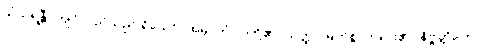
သံသရန္တီ၊ ကျင်လည်သည် ရှိသော်။ အမှာကံ၊ ငါတို့၏။ သတ္ထု၊ မြတ်စွာဘုရား၏။ နိဗ္ဗတ္တိတော၊